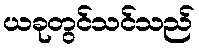
ယခုတွင်သင်သည်